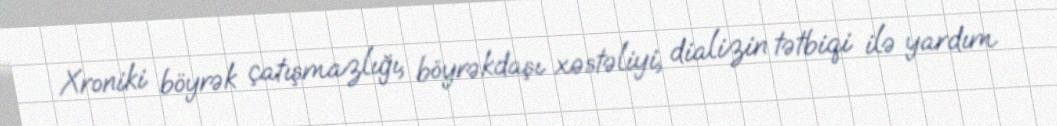
Xroniki böyrək çatışmazlığı, böyrəkdaşı xəstəliyi, dializin tətbiqi ilə yardım